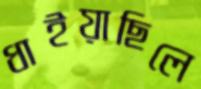
ধাইয়াছিলে